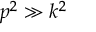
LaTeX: p ^ { 2 } \gg k ^ { 2 }